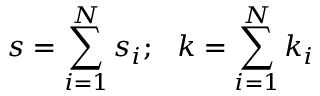
s = \sum _ { i = 1 } ^ { N } s _ { i } ; \, \, \, \, k = \sum _ { i = 1 } ^ { N } k _ { i }